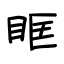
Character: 眶